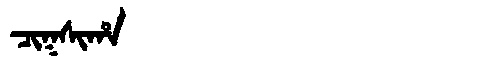
Manchu: ᠴᡳᡴᠰᡳᡥᠠ
Romanization: CIKSIHA